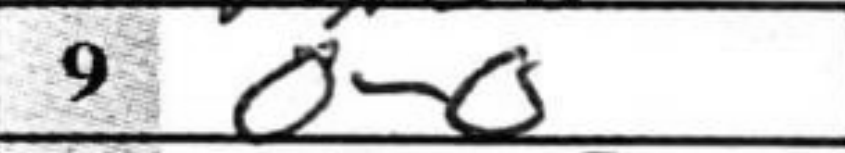
Transcription: O-O